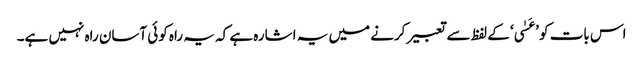
اس بات کو ’عَسٰی‘ کے لفظ سے تعبیر کرنے میں یہ اشارہ ہے کہ یہ راہ کوئی آسان راہ نہیں ہے۔